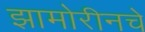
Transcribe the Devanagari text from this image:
झामोरीनचे